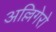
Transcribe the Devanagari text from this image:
अल्लिगेरो